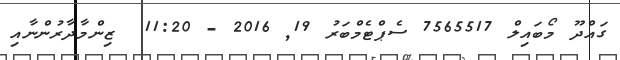
ގައްދޫ މޯބައިލް 7565517 ސެޕްޓެމްބަރު 19